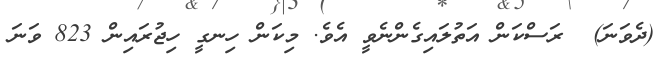
(ދެވަނަ)  ރަސްކަން އަތުލައިގެންނެވީ އެވެ. މިކަން ހިނގީ ހިޖުރައިން 823 ވަނަ